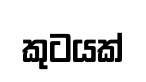
කුටයක්